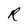
Character: R